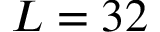
L = 3 2